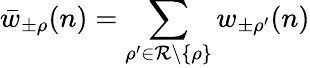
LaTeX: \bar{w}_{\pm\rho}(n)=\sum_{\rho^{\prime}\in\mathcal{R}\setminus\{ \rho\} }w_{\pm\rho^{\prime}}(n)